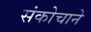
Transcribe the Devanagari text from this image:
संकोचाने